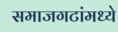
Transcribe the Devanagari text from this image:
समाजगटांमध्ये